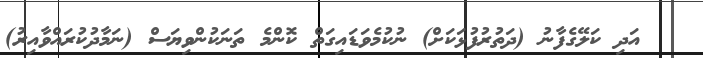
އަދި ކަލޭގެފާނު (ދަތުރުފުޅަކަށް) ނުކުމެވަޑައިގަތް ކޮންމެ ތަނަކުންވިޔަސް (ނަމާދުކުރައްވާއިރު)